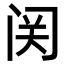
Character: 𬮦